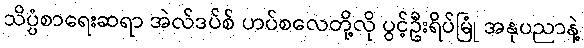
သိပ္ပံစာရေးဆရာ အဲလ်ဒပ်စ် ဟပ်စလေတို့လို ပွင့်ဦးရိပ်မြုံ အနုပညာနဲ့